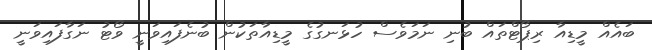
ބައެއް މީޑިއާ ރިޕޯޓްތައް ބުނި ނަމަވެސް ހުޅަނގުގެ މީޑިއާތަކުން ބުނެފައިވަނީ ވޯޓު ނަގާފައިވަނީ